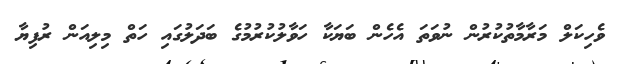
ވެހިކަލް މަރާމާތުކުރުން ނުވަތަ އެހެން ބަޔަކާ ހަވާލުކުރުމުގެ ބަދަލުގައި ހަތް މިލިއަން ރުފިޔާ